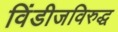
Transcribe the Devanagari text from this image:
विंडीजविरुद्ध